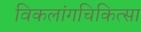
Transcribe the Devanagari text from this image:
विकलांगचिकित्सा